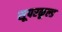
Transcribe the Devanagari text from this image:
सूपरकूल्ड